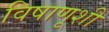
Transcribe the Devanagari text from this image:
विषाणूशी